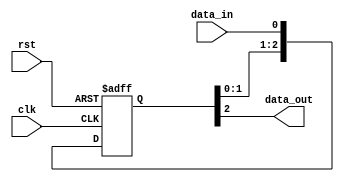
module three_flop_synchronizer (
    input wire clk, // clock input signal
    input wire rst, // reset input signal
    input wire data_in, // input signal to be synchronized
    output reg data_out // synchronized output signal
);

reg [2:0] mem; // memory array to store data

always @(posedge clk or posedge rst) begin
    if (rst) begin
        mem <= 3'b0; // reset memory to 0
    end else begin
        mem <= {mem[1:0], data_in}; // shift data into memory array
    end
end

assign data_out = mem[2]; // synchronized output signal from third flip-flop

endmodule